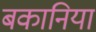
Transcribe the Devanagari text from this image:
बकानिया